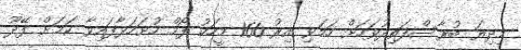
މިދިޔަ ބުރާސްފަތިދުވަހަށް ހަމަވި އިރު 160 މީހަކު ފޯމް ހުށަހަޅާފައިވާ ކަމަށް ފޭދޫ